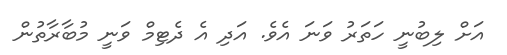
އަށް ލިބުނީ ހަތަރު ވަނަ އެވެ. އަދި އެ ދެޓިމް ވަނީ މުބާރާތުން